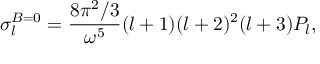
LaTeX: \sigma _ { l } ^ { B = 0 } = { \frac { 8 \pi ^ { 2 } / 3 } { \omega ^ { 5 } } } ( l + 1 ) ( l + 2 ) ^ { 2 } ( l + 3 ) P _ { l } ,